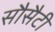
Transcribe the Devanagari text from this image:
सौसैटी